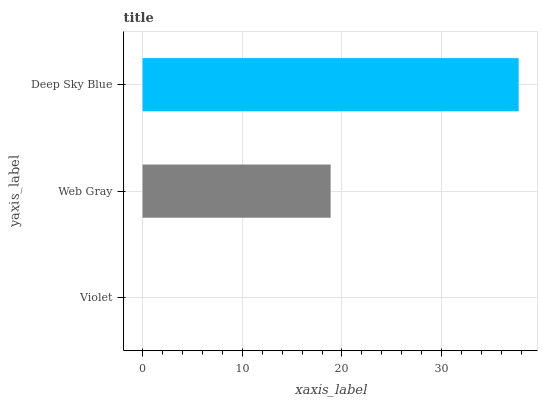
| yaxis_label | bars |
 | --- | --- |
 | Violet | 0 |
 | Web Gray | 18.9 |
 | Deep Sky Blue | 37.7 |